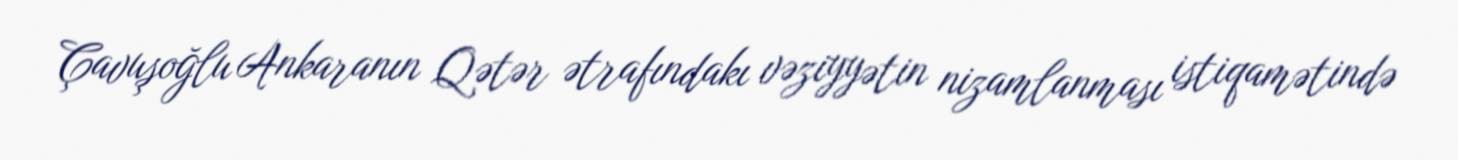
Çavuşoğlu Ankaranın Qətər ətrafındakı vəziyyətin nizamlanması istiqamətində